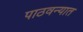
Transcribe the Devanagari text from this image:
पाठवन्यात